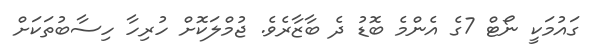
ގައުމަކީ ނޯޓް 7ގެ އެންމެ ބޮޑު ދެ ބާޒާރެވެ. ޖުމްލަކޮށް ހުރިހާ ހިސާބުތަކަށް